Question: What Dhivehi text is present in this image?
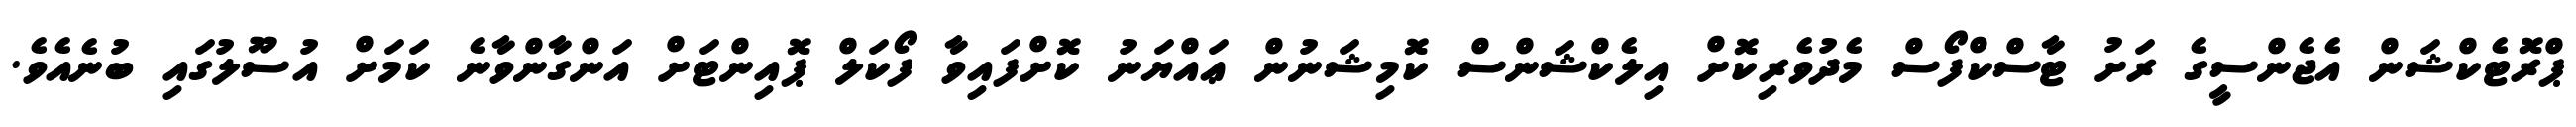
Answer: ޕްރޮޓެކްޝަން އެޖެންސީގެ ރަށު ޓާސްކްފޯސް މެދުވެރިކޮށް އިލެކްޝަންސް ކޮމިޝަނުން ޢައްޔަނު ކޮށްފައިވާ ފޯކަލް ޕޮއިންޓަށް އަންގާންވާނެ ކަމަށް އުސޫލުގައި ބުނެއެވެ.